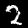
Digit: 2